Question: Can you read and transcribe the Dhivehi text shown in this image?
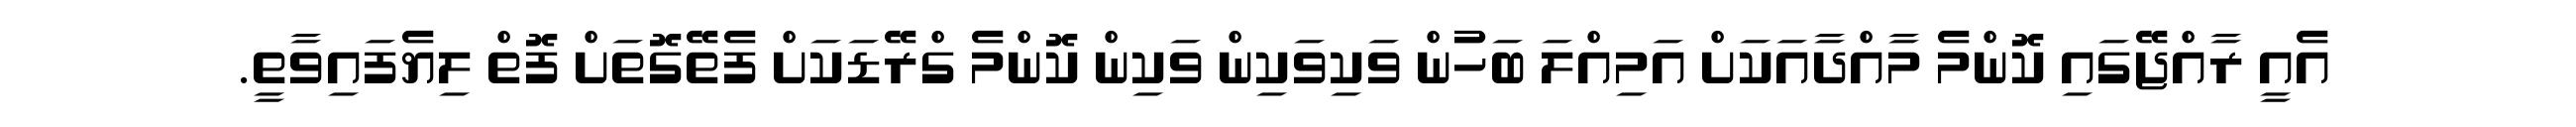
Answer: އެއީ ރާއްޖޭގައި ކޮންމެ މާއްދާއަކަށް އަމިއްލަ ބަހުން ވަކިވަކިން ވަކިން ކޮންމެ ގްރޭޑަކަށް ފެތޭގޮތަށް ފޮތް ލިޔެފައިވާތީ.